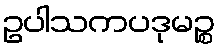
ဥပါသကပဒုမဉ္စ